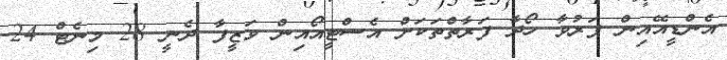
އެންޑީއޭއިން ފަރުވާ ހޯދާ ފަރާތްތަކަށް އެސްޓީއޯއިން ވަޒީފާ ދެނީ 28 މިނެޓް 24